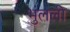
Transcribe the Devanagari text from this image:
भुलली